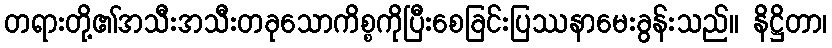
တရားတို့၏အသီးအသီးတခုသောကိစ္စကိုပြီးစေခြင်းပြဿနာမေးခွန်းသည်။ နိဋ္ဌိတာ၊